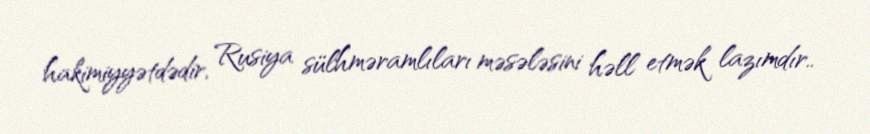
hakimiyyətdədir, Rusiya sülhməramlıları məsələsini həll etmək lazımdır..